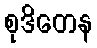
စုဒိတေန